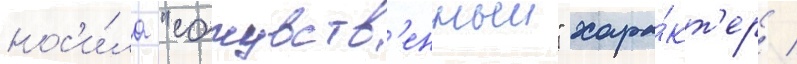
нос'и́ла "сочувств'енныи" хара́кт'ер /